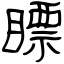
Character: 瞟